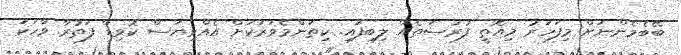
ބޭބެމެންނަށް މިފަހަރު މިއޮތީ ފުރުޞަތެއް ލިބިފައި. ކިތަންމެވަރަކަށް އެއްވިޔަސް ކޮވިޑް ފަތުރާ ވާހަކަ